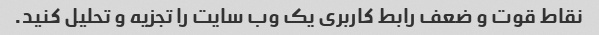
نقاط قوت و ضعف رابط کاربری یک وب سایت را تجزیه و تحلیل کنید.